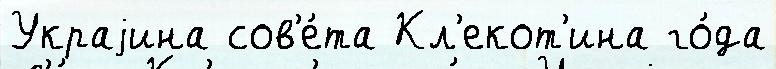
Украjина сов'е́та Кл'екот'ина го́да